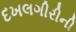
દખલગીરીની